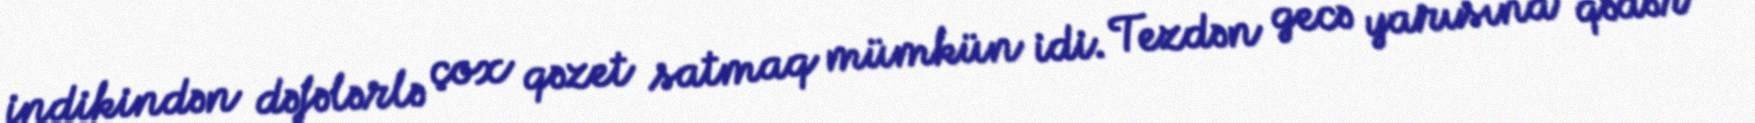
indikindən dəfələrlə çox qəzet satmaq mümkün idi. Tezdən gecə yarısına qədər